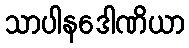
သာပါနဒေါဏိယာ